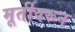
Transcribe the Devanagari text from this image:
मूर्तीवरून